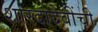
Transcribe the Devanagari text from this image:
शारदादेवींची